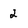
Character: 2